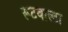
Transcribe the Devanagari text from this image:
रूटवाल्टा